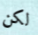
لكن